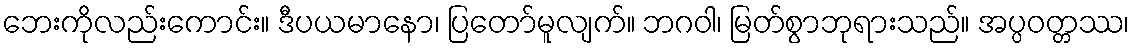
ဘေးကိုလည်းကောင်း။ ဒီပယမာနော၊ ပြတော်မူလျက်။ ဘဂဝါ၊ မြတ်စွာဘုရားသည်။ အပ္ပဝတ္တဿ၊